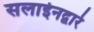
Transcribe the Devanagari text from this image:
सलाईनद्वारे